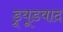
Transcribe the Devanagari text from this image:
ड्र्यूडवाद